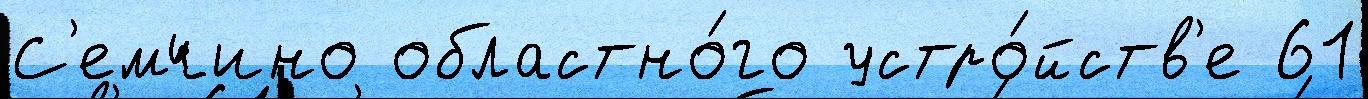
С'емчино областно́го устро́йств'е 61